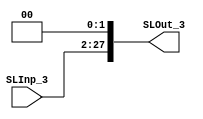
module Sl_3 (
		
		//Entradas
		input [25:0]SLInp_3,
		
		//Salidas
		output reg [27:0]SLOut_3

);

//2- Delcaracion de señales --> NA(No aplica)

//3- Cuerpo del modulo


assign SLOut_3 = SLInp_3 << 2;

endmodule